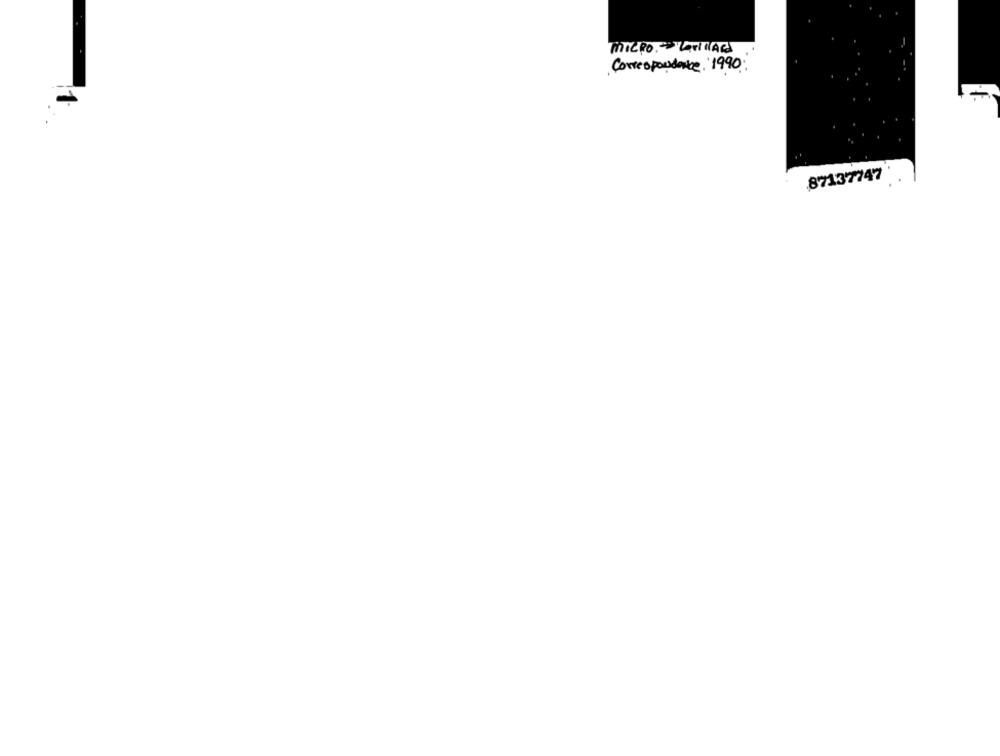
MICRO. - LAvilAR
Correspondance 1990;
87137747